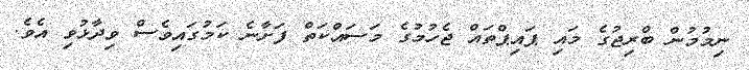
ނިމުމުން ބްރިޖުގެ މައި ޕައިޕްތައް ޖެހުމުގެ މަސައްކަތް ފަށާނެ ކަމުގައިވެސް ވިދާޅުވި އެވެ.